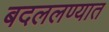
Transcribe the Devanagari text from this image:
बदललण्यात